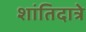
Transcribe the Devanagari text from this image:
शांतिदात्रे